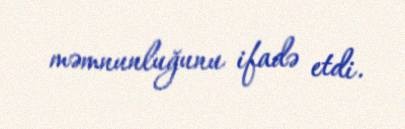
məmnunluğunu ifadə etdi.